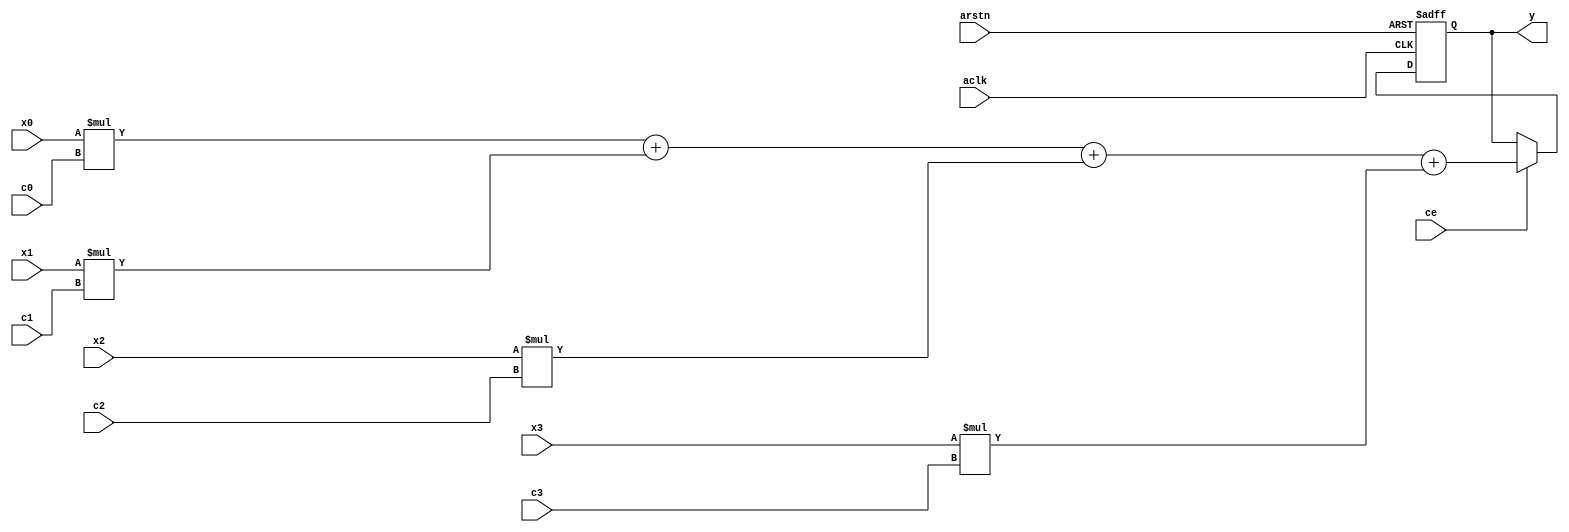
module nnip_neuron
    #(
    parameter WIDTH = 8
    )(
    input  wire                 aclk,
    input  wire                 arstn,
    input  wire                 ce,
    input  signed [  WIDTH-1:0] x0,
    input  signed [  WIDTH-1:0] x1,
    input  signed [  WIDTH-1:0] x2,
    input  signed [  WIDTH-1:0] x3,
    input  signed [  WIDTH-1:0] c0,
    input  signed [  WIDTH-1:0] c1,
    input  signed [  WIDTH-1:0] c2,
    input  signed [  WIDTH-1:0] c3,
    output signed [2*WIDTH-1:0] y
    );
    reg [2*WIDTH-1:0] mac;
    always @ (posedge aclk or negedge arstn) begin
        if (arstn == 1'b0) begin
            mac <= {2 * WIDTH{1'b0}};
        end
        else begin
            if (ce == 1'b1)
                mac <= x0 * c0 + x1 * c1 + x2 * c2 + x3 * c3;
        end
    end
    assign y = mac;
endmodule